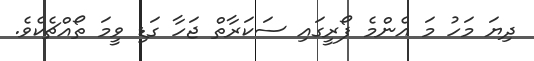
ދިޔަ މަހު މަ އެންމެ ފޯރީގައި ސަކަރާތް ޖަހާ ގަޑި ވީމަ ތޯއްޗެކެވެ.